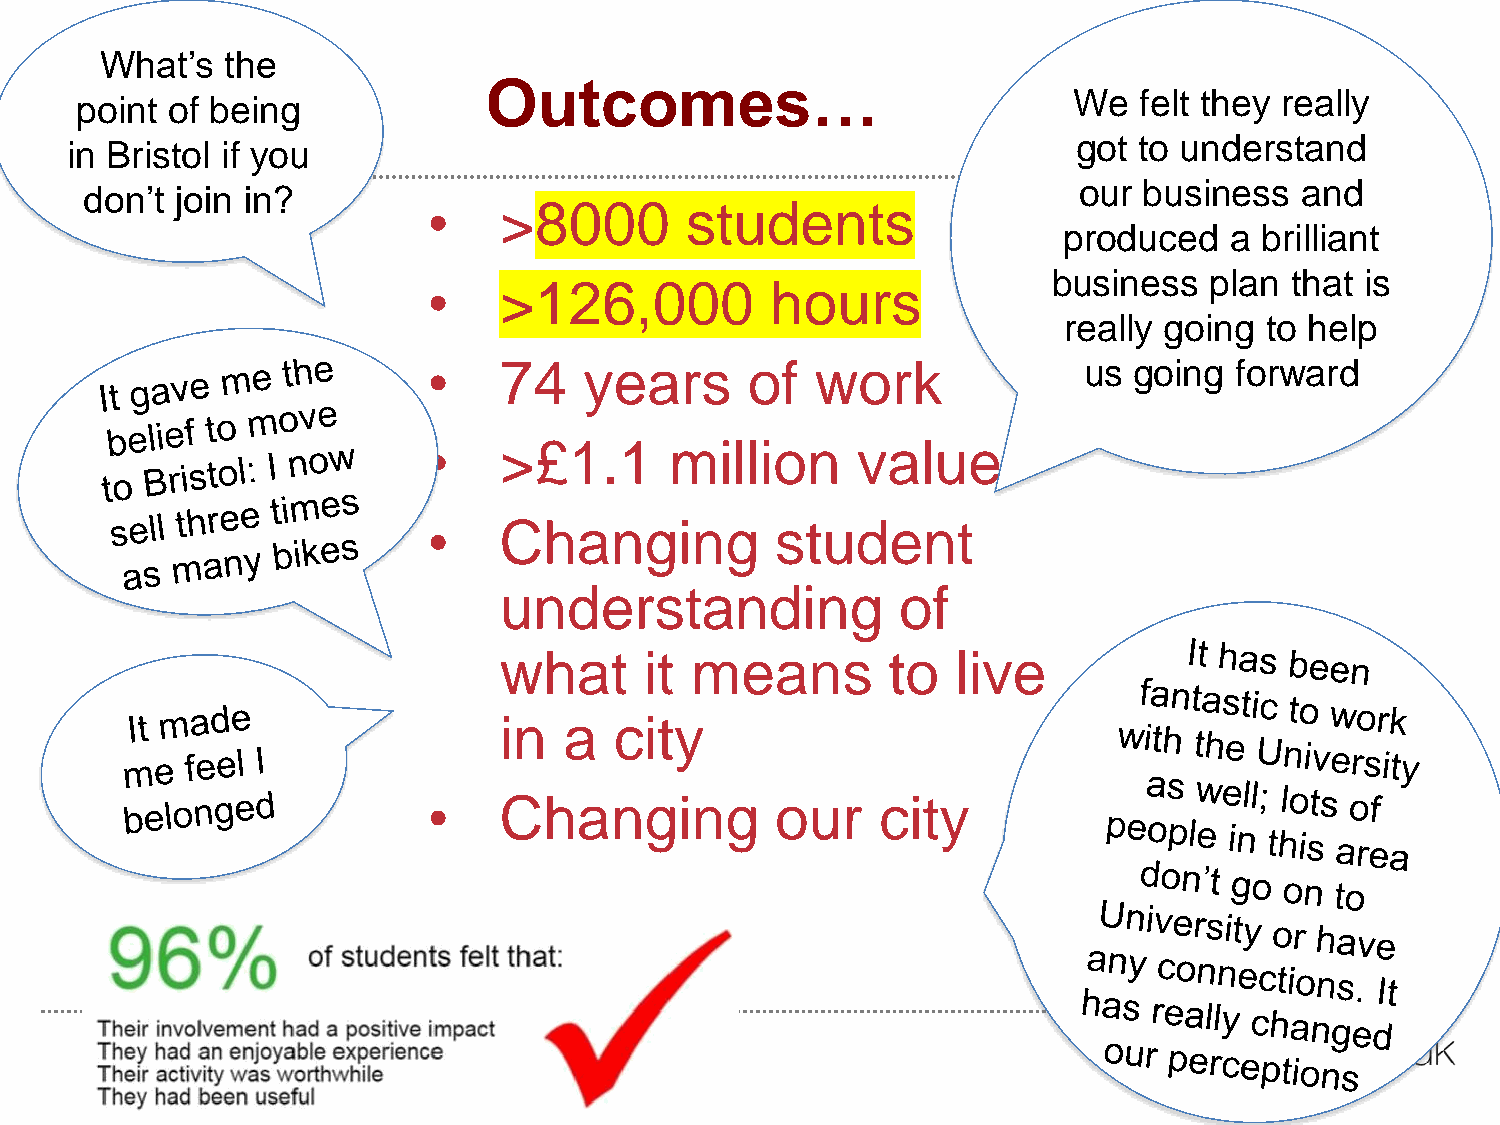
What’s  the
 Outcomes…
 We  felt they really
 point of being
 got to understand
 in Bristol if you
 our  business  and
 don’t join in?
 •    >8000       students
 produced   a  brilliant
 business  plan that is
 •    >126,000          hours
 really going  to help
 •    74    years      of  work              us going  forward
 •    >£1.1      million      value
 •    Changing          student
 understanding              of
 what      it means        to  live
 in  a   city
 •    Changing          our    city